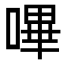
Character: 嗶